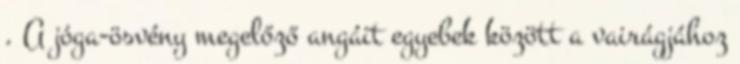
. A jóga-ösvény megelőző angáit egyebek között a vairágjához